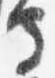
守